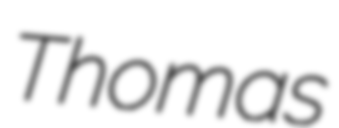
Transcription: Thomas